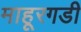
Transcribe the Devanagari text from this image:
माहूरगडी